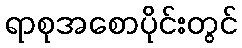
ရာစုအစောပိုင်းတွင်